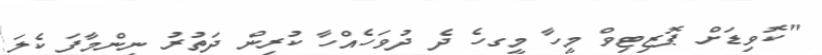
"ކޮވިޑަށް ޕޮޒިޓިވް މީހާ މީގހެ ދެ ދުވަހެއްހާ ކުރިން ދަތުރު ނިންމާފަ ކެލަ